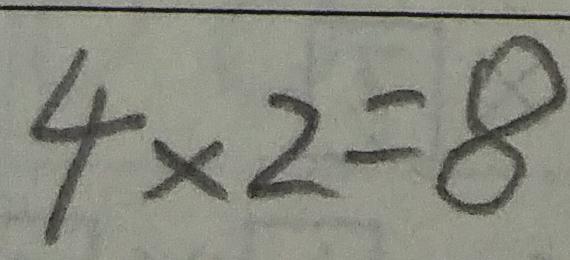
\overline { 4 \times 2 = 8 }